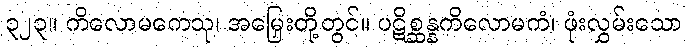
၃၂၃။ ကိလောမကေသု၊ အမြှေးတို့တွင်။ ပဋိစ္ဆန္နကိလောမကံ၊ ဖုံးလွှမ်းသော